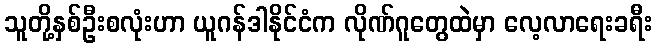
သူတို့နှစ်ဦးစလုံးဟာ ယူဂန်ဒါနိုင်ငံက လိုဏ်ဂူတွေထဲမှာ လေ့လာရေးခရီး